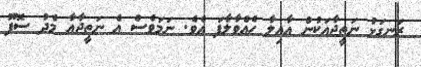
ރަނގަޅު ނަތީޖާއަކުން އާއިލާ ހެއްވާލާފަ އެވެ. ނަމަވެސް އެ ނަތީޖާއާ މެދު ސޮފޫ